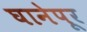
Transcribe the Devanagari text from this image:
घानेपूर